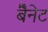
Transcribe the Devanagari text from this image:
बैेनेट